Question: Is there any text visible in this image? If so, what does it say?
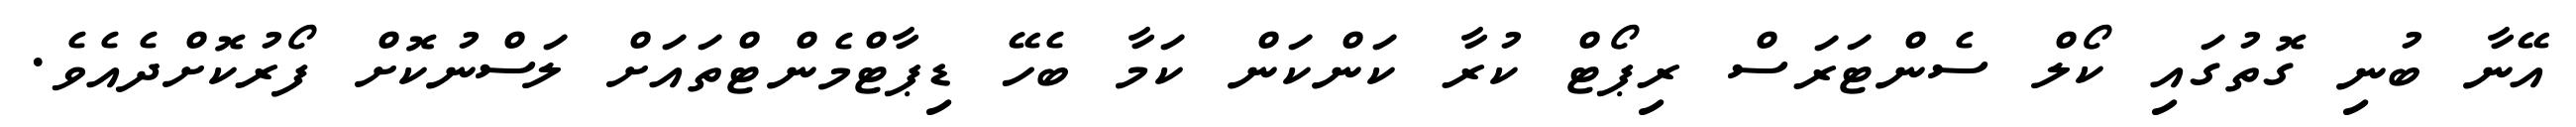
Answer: އޭނާ ބުނި ގޮތުގައި ކޯލް ސެންޓަރަސް ރިޕޯޓް ކުރާ ކަންކަން ކަމާ ބެހޭ ޑިޕާޓްމެންޓްތައަށް ލަސްނުކޮށް ފޯރުކޮށްދެއެވެ.